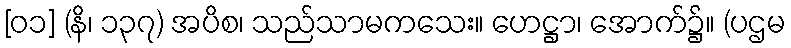
[၀၁] (နိ၊ ၁၃၇) အပိစ၊ သည်သာမကသေး။ ဟေဋ္ဌာ၊ အောက်၌။ (ပဌမ